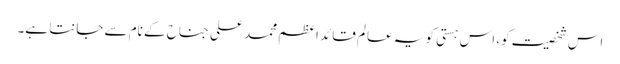
اس شخصیت کو، اس ہستی کو یہ عالم قائدِ اعظم محمد علی جناح کے نام سے جانتا ہے۔